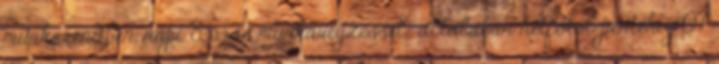
munkarendben, napi 8 órás munkavégzéssel: általában hétfőtől péntekig 07